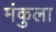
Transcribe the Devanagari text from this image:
मंकुला